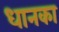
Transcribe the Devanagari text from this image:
धानका